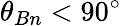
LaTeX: \theta_{Bn}<90^{\circ}